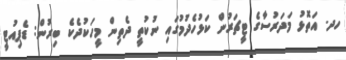
ހދ. އަތޮޅު މަދަރުސާގެ ޓީޗަރުން ކަޅުހެދުމުގައި ނުކުތީ ދެތިން މީހަކުދެކެ ބިރުން: ޑެޕިއުޓީ